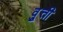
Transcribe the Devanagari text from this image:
व्रुत्ती